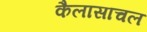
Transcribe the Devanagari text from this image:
कैलासाचल